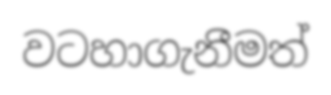
වටහාගැනීමත්